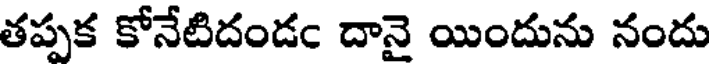
తప్పక కోనేటిదండం దానై యిందును నందు